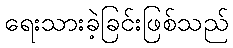
ရေးသားခဲ့ခြင်းဖြစ်သည်